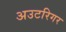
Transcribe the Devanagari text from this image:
अउटरिगर